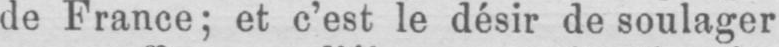
de France; et c’est le désir de soulager